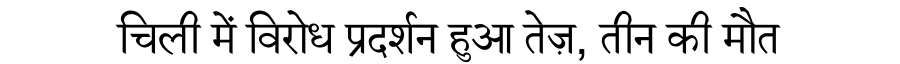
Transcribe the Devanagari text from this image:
चिली में विरोध प्रदर्शन हुआ तेज़, तीन की मौत